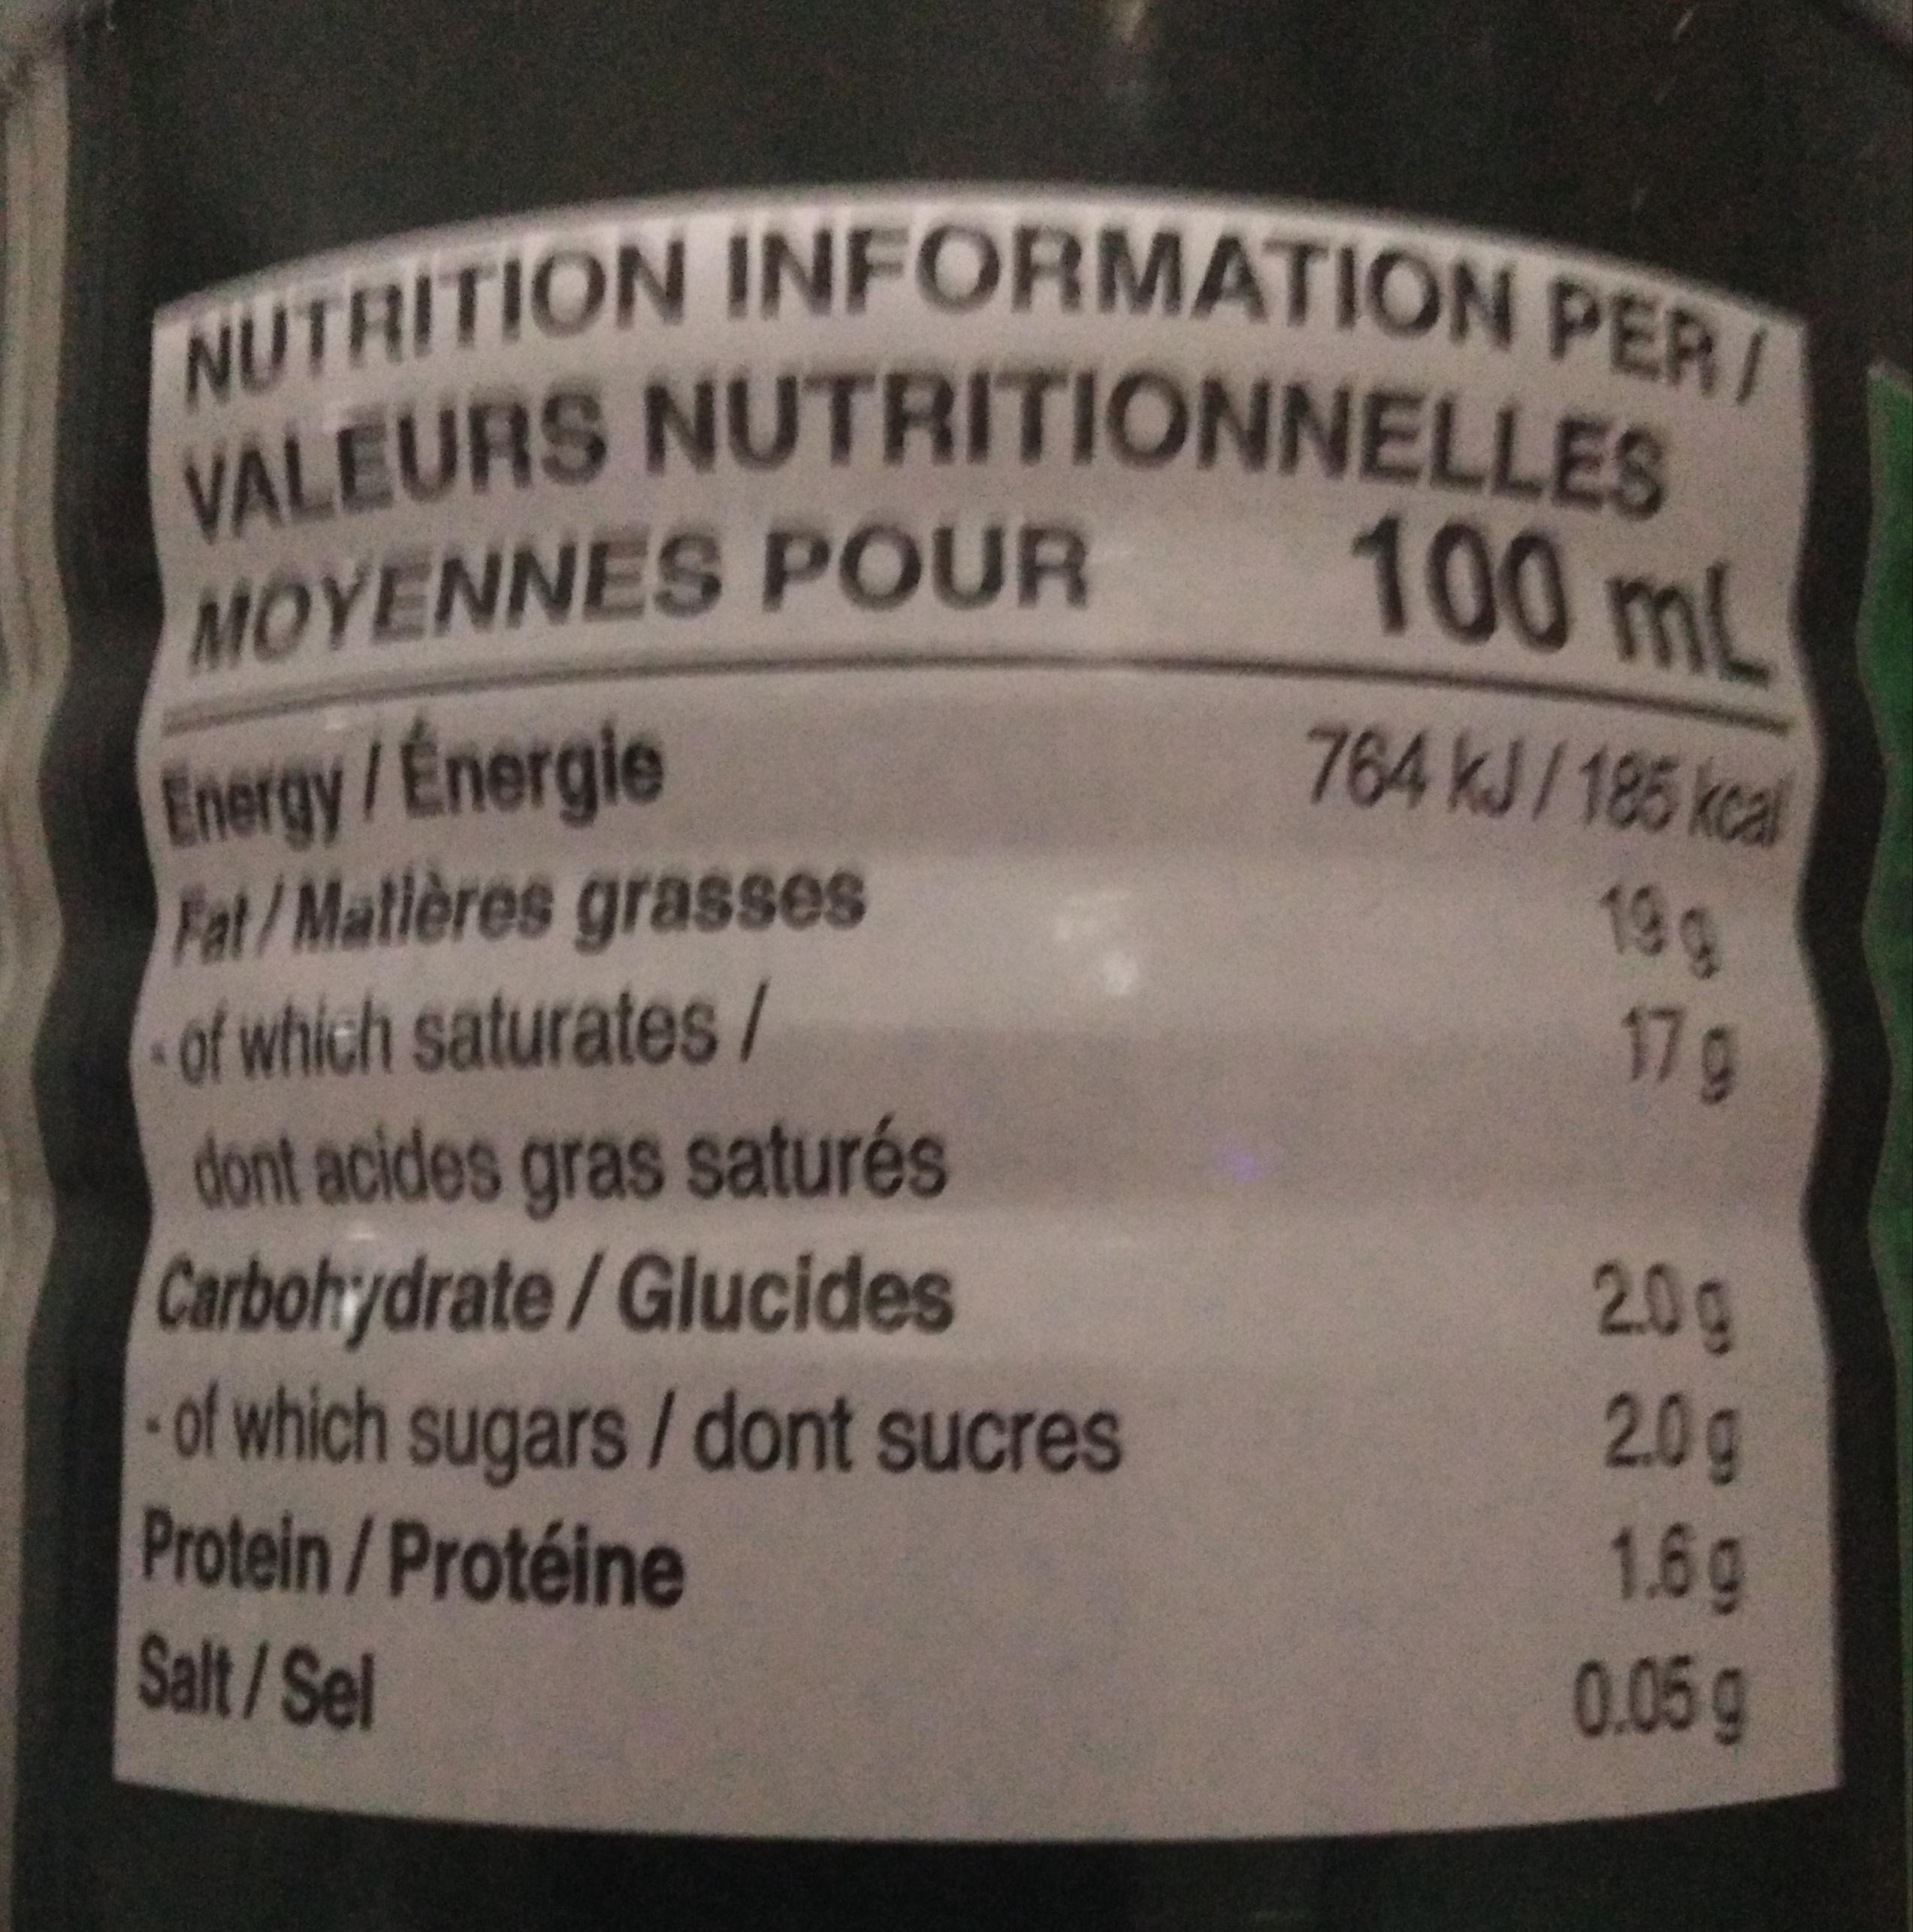
NUTRITION INFORMATION PER/ VALEURS NUTRITIONNELLES
MOYENNES POUR Energy / Énergie
Fat/Matières grasses of which saturates/
dont acides gras saturés
Carbohydrate/Glucides
of which sugars / dont sucres
Protein / Protéine
Salt/Sel
100 mL
764 kJ/185 kcal 19 g
17 g
2.0g
2.0g
1.6g
0.05 g